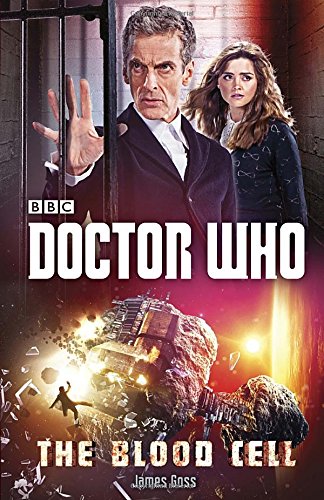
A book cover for Doctor Who: The Blood Cell; James Goss; Science Fiction & Fantasy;